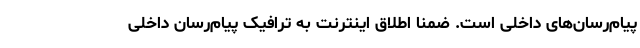
پیام‌رسان‌های داخلی است. ضمنا اطلاق اینترنت به ترافیک پیام‌رسان داخلی